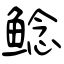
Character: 鲶